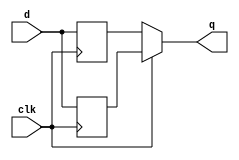
module top_module (
    input clk,
    input d,
    output q
);
    reg d_pos, d_neg;
    always@(posedge clk)begin
       d_pos <= d; 
    end
    
    always@(negedge clk)begin
       d_neg <= d;
    end
    
    assign q = (clk) ? d_pos : d_neg;

endmodule